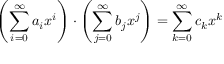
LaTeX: \left( \sum _ { i = 0 } ^ { \infty } a _ { i } x ^ { i } \right) \cdot \left( \sum _ { j = 0 } ^ { \infty } b _ { j } x ^ { j } \right) = \sum _ { k = 0 } ^ { \infty } c _ { k } x ^ { k }